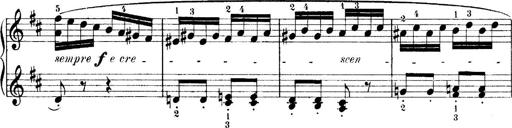
Title: 4 Sonatines
Composer: Max Reger